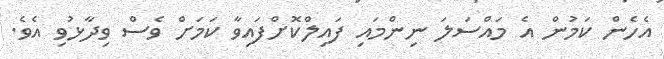
އެހެން ކަމުން އެ މައްސަލަ ނިންމައި ފައިލްކޮށްފައިވާ ކަމަށް ވެސް ވިދާޅުވި އެވެ.